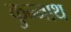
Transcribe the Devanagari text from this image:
कुन्नाथ